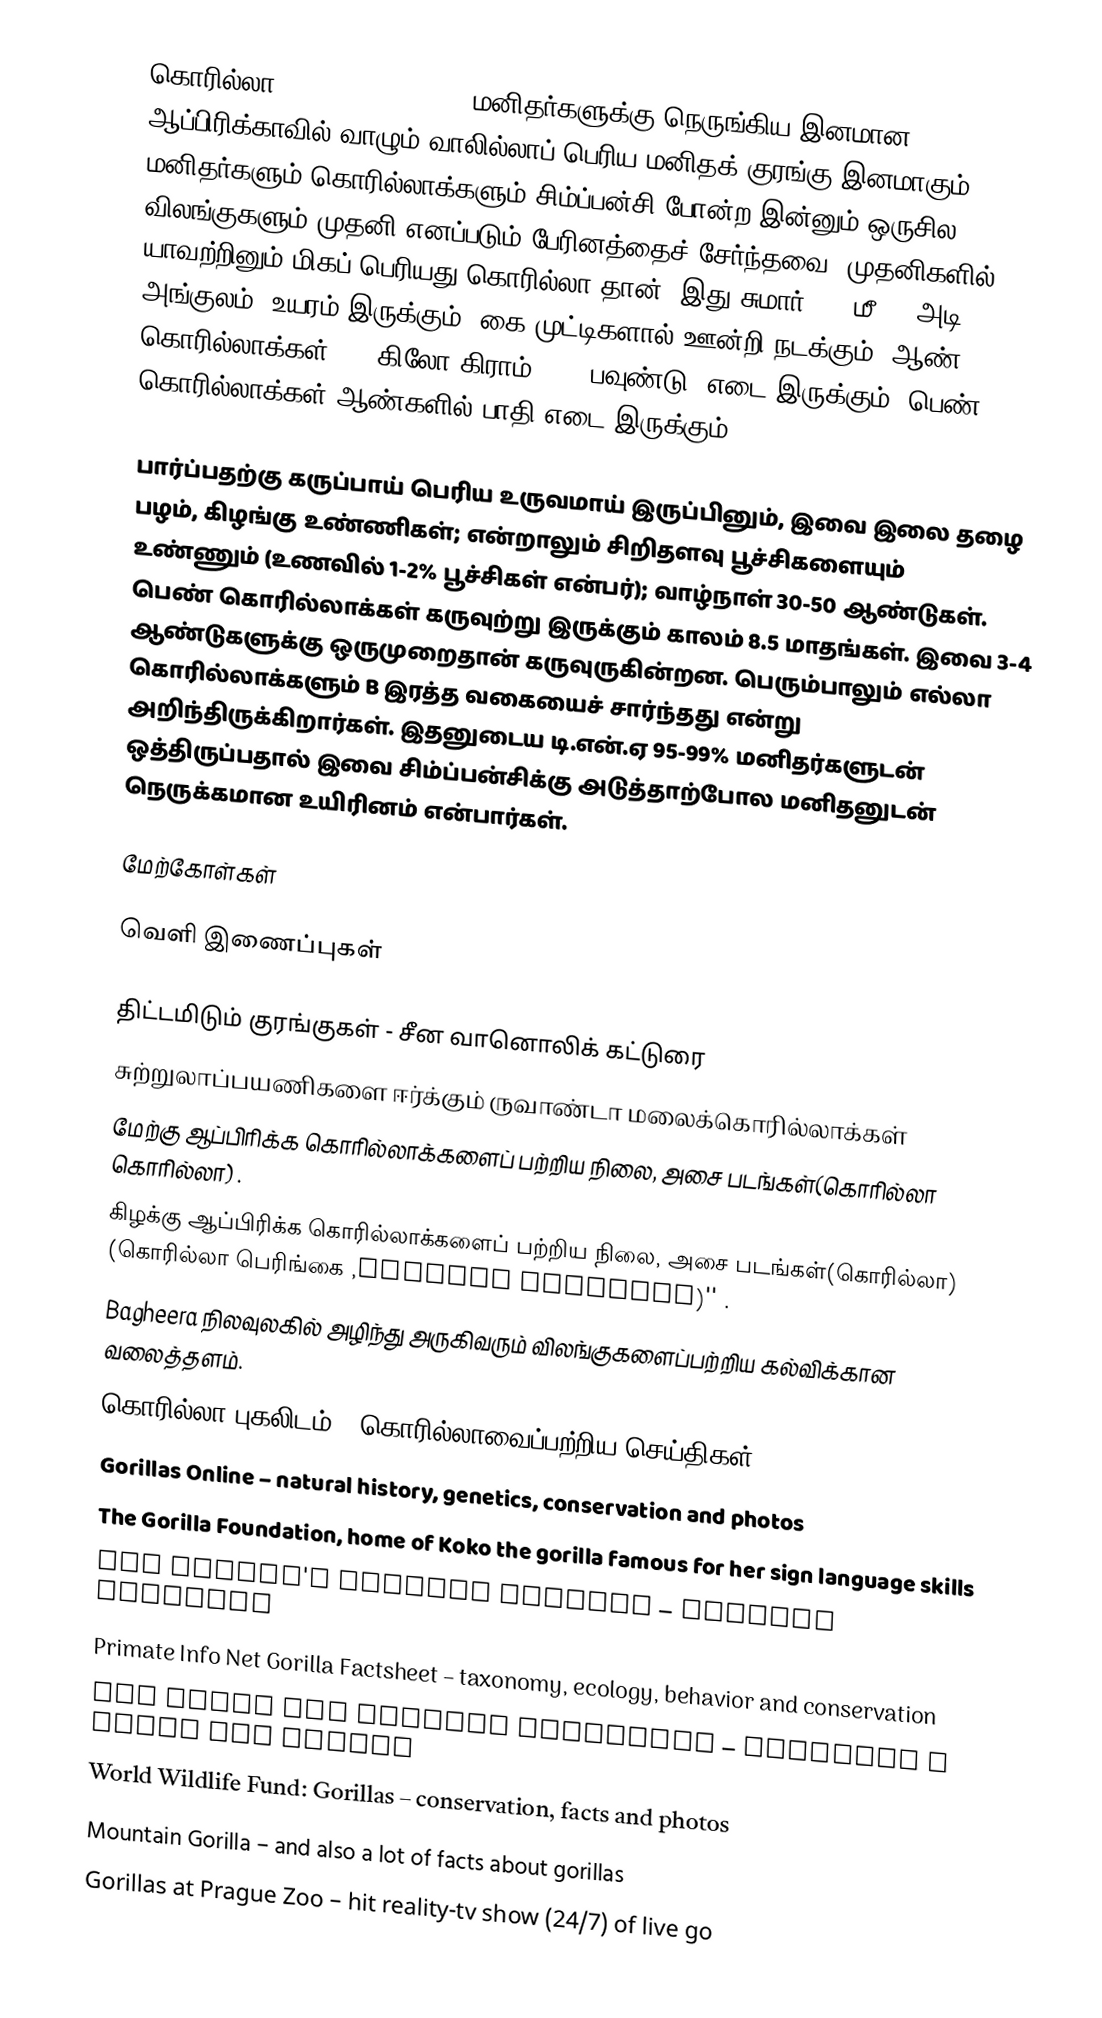
கொரில்லா (Gorilla gorilla), மனிதர்களுக்கு நெருங்கிய இனமான, ஆப்பிரிக்காவில் வாழும் வாலில்லாப் பெரிய மனிதக் குரங்கு இனமாகும். மனிதர்களும் கொரில்லாக்களும் சிம்ப்பன்சி போன்ற இன்னும் ஒருசில விலங்குகளும் முதனி எனப்படும் பேரினத்தைச் சேர்ந்தவை. முதனிகளில் யாவற்றினும் மிகப் பெரியது கொரில்லா தான். இது சுமார் 1.7 மீ (5 அடி 6 அங்குலம்) உயரம் இருக்கும். கை முட்டிகளால் ஊன்றி நடக்கும். ஆண் கொரில்லாக்கள் 150 கிலோ கிராம் (330 பவுண்டு) எடை இருக்கும். பெண் கொரில்லாக்கள் ஆண்களில் பாதி எடை இருக்கும்.

பார்ப்பதற்கு கருப்பாய் பெரிய உருவமாய் இருப்பினும், இவை இலை தழை பழம், கிழங்கு உண்ணிகள்; என்றாலும் சிறிதளவு பூச்சிகளையும் உண்ணும் (உணவில் 1-2% பூச்சிகள் என்பர்); வாழ்நாள் 30-50 ஆண்டுகள். பெண் கொரில்லாக்கள் கருவுற்று இருக்கும் காலம் 8.5 மாதங்கள். இவை 3-4 ஆண்டுகளுக்கு ஒருமுறைதான் கருவுருகின்றன. பெரும்பாலும் எல்லா கொரில்லாக்களும் B இரத்த வகையைச் சார்ந்தது என்று அறிந்திருக்கிறார்கள். இதனுடைய டி.என்.ஏ 95-99% மனிதர்களுடன் ஒத்திருப்பதால் இவை சிம்ப்பன்சிக்கு அடுத்தாற்போல மனிதனுடன் நெருக்கமான உயிரினம் என்பார்கள்.

மேற்கோள்கள்

வெளி இணைப்புகள்

 திட்டமிடும் குரங்குகள் - சீன வானொலிக் கட்டுரை
சுற்றுலாப்பயணிகளை ஈர்க்கும் ருவாண்டா மலைக்கொரில்லாக்கள்
 மேற்கு ஆப்பிரிக்க கொரில்லாக்களைப் பற்றிய நிலை, அசை படங்கள்(கொரில்லா கொரில்லா) .
 கிழக்கு ஆப்பிரிக்க கொரில்லாக்களைப் பற்றிய நிலை, அசை படங்கள்(கொரில்லா) (கொரில்லா பெரிங்கை ,Gorilla beringei)'' .
 Bagheera  நிலவுலகில் அழிந்து அருகிவரும் விலங்குகளைப்பற்றிய கல்விக்கான வலைத்தளம்.
 கொரில்லா புகலிடம்  - கொரில்லாவைப்பற்றிய செய்திகள்.
 Gorillas Online – natural history, genetics, conservation and photos
 The Gorilla Foundation, home of Koko the gorilla famous for her sign language skills
 Tim Knight's Gorilla Gallery – gorilla pictures
 Primate Info Net Gorilla Factsheet – taxonomy, ecology, behavior and conservation
 San Diego Zoo Gorilla Factsheet – features a video and photos
 World Wildlife Fund: Gorillas – conservation, facts and photos
 Mountain Gorilla – and also a lot of facts about gorillas
 Gorillas at Prague Zoo  – hit reality-tv show (24/7) of live go